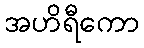
အဟိရီကော